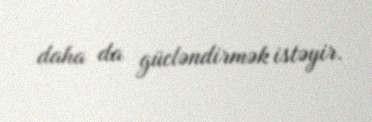
daha da gücləndirmək istəyir.